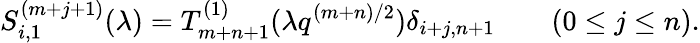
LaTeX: S_{i,1}^{(m+j+1)}(\lambda)=T_{m+n+1}^{(1)}(\lambda q^{(m+n)/2})\delta_{i+j,n+1}\qquad(0\le j\le n).